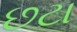
છટા